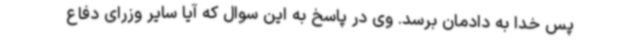
پس خدا به دادمان برسد. وی در پاسخ به این سوال که آیا سایر وزرای دفاع